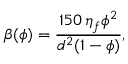
\beta ( \phi ) = \frac { 1 5 0 \, \eta _ { f } \phi ^ { 2 } } { d ^ { 2 } ( 1 - \phi ) } ,